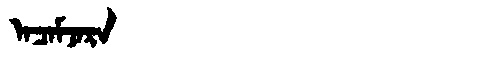
Manchu: ᠠᠴᠠᠮᠵᠠᡵᠠ
Romanization: ACAMJARA